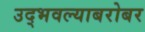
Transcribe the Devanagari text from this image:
उद्भवल्याबरोबर